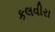
કલવીરા